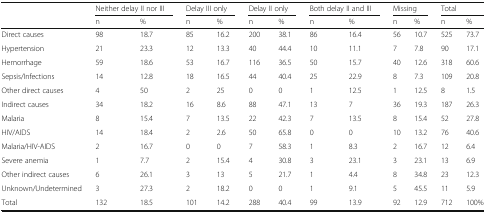
<table><thead><tr><td rowspan="2"></td><td colspan="2"><b>Neither delay II nor III</b></td><td colspan="2"><b>Delay III only</b></td><td colspan="2"><b>Delay II only</b></td><td colspan="2"><b>Both delay II and III</b></td><td colspan="2"><b>Missing</b></td><td colspan="2"><b>Total</b></td></tr><tr><td><b>n</b></td><td><b>%</b></td><td><b>n</b></td><td><b>%</b></td><td><b>n</b></td><td><b>%</b></td><td><b>n</b></td><td><b>%</b></td><td><b>n</b></td><td><b>%</b></td><td><b>n</b></td><td><b>%</b></td></tr></thead><tbody><tr><td>Direct causes</td><td>98</td><td>18.7</td><td>85</td><td>16.2</td><td>200</td><td>38.1</td><td>86</td><td>16.4</td><td>56</td><td>10.7</td><td>525</td><td>73.7</td></tr><tr><td>Hypertension</td><td>21</td><td>23.3</td><td>12</td><td>13.3</td><td>40</td><td>44.4</td><td>10</td><td>11.1</td><td>7</td><td>7.8</td><td>90</td><td>17.1</td></tr><tr><td>Hemorrhage</td><td>59</td><td>18.6</td><td>53</td><td>16.7</td><td>116</td><td>36.5</td><td>50</td><td>15.7</td><td>40</td><td>12.6</td><td>318</td><td>60.6</td></tr><tr><td>Sepsis/Infections</td><td>14</td><td>12.8</td><td>18</td><td>16.5</td><td>44</td><td>40.4</td><td>25</td><td>22.9</td><td>8</td><td>7.3</td><td>109</td><td>20.8</td></tr><tr><td>Other direct causes</td><td>4</td><td>50</td><td>2</td><td>25</td><td>0</td><td>0</td><td>1</td><td>12.5</td><td>1</td><td>12.5</td><td>8</td><td>1.5</td></tr><tr><td>Indirect causes</td><td>34</td><td>18.2</td><td>16</td><td>8.6</td><td>88</td><td>47.1</td><td>13</td><td>7</td><td>36</td><td>19.3</td><td>187</td><td>26.3</td></tr><tr><td>Malaria</td><td>8</td><td>15.4</td><td>7</td><td>13.5</td><td>22</td><td>42.3</td><td>7</td><td>13.5</td><td>8</td><td>15.4</td><td>52</td><td>27.8</td></tr><tr><td>HIV/AIDS</td><td>14</td><td>18.4</td><td>2</td><td>2.6</td><td>50</td><td>65.8</td><td>0</td><td>0</td><td>10</td><td>13.2</td><td>76</td><td>40.6</td></tr><tr><td>Malaria/HIV-AIDS</td><td>2</td><td>16.7</td><td>0</td><td>0</td><td>7</td><td>58.3</td><td>1</td><td>8.3</td><td>2</td><td>16.7</td><td>12</td><td>6.4</td></tr><tr><td>Severe anemia</td><td>1</td><td>7.7</td><td>2</td><td>15.4</td><td>4</td><td>30.8</td><td>3</td><td>23.1</td><td>3</td><td>23.1</td><td>13</td><td>6.9</td></tr><tr><td>Other indirect causes</td><td>6</td><td>26.1</td><td>3</td><td>13</td><td>5</td><td>21.7</td><td>1</td><td>4.4</td><td>8</td><td>34.8</td><td>23</td><td>12.3</td></tr><tr><td>Unknown/Undetermined</td><td>3</td><td>27.3</td><td>2</td><td>18.2</td><td>0</td><td>0</td><td>1</td><td>9.1</td><td>5</td><td>45.5</td><td>11</td><td>5.9</td></tr><tr><td>Total</td><td>132</td><td>18.5</td><td>101</td><td>14.2</td><td>288</td><td>40.4</td><td>99</td><td>13.9</td><td>92</td><td>12.9</td><td>712</td><td>100%</td></tr></tbody></table>